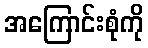
အကြောင်းစုံကို